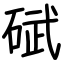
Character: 碔